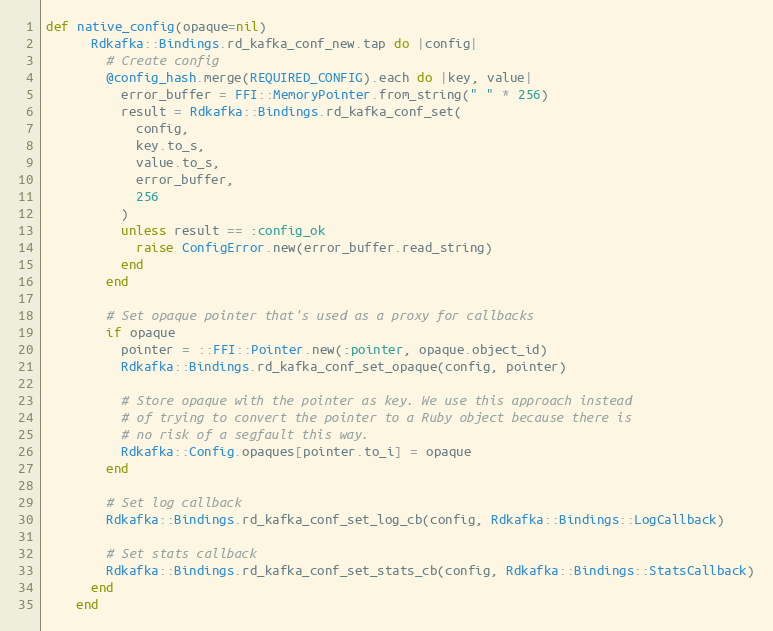
Language: Ruby
def native_config(opaque=nil)
      Rdkafka::Bindings.rd_kafka_conf_new.tap do |config|
        # Create config
        @config_hash.merge(REQUIRED_CONFIG).each do |key, value|
          error_buffer = FFI::MemoryPointer.from_string(" " * 256)
          result = Rdkafka::Bindings.rd_kafka_conf_set(
            config,
            key.to_s,
            value.to_s,
            error_buffer,
            256
          )
          unless result == :config_ok
            raise ConfigError.new(error_buffer.read_string)
          end
        end

        # Set opaque pointer that's used as a proxy for callbacks
        if opaque
          pointer = ::FFI::Pointer.new(:pointer, opaque.object_id)
          Rdkafka::Bindings.rd_kafka_conf_set_opaque(config, pointer)

          # Store opaque with the pointer as key. We use this approach instead
          # of trying to convert the pointer to a Ruby object because there is
          # no risk of a segfault this way.
          Rdkafka::Config.opaques[pointer.to_i] = opaque
        end

        # Set log callback
        Rdkafka::Bindings.rd_kafka_conf_set_log_cb(config, Rdkafka::Bindings::LogCallback)

        # Set stats callback
        Rdkafka::Bindings.rd_kafka_conf_set_stats_cb(config, Rdkafka::Bindings::StatsCallback)
      end
    end